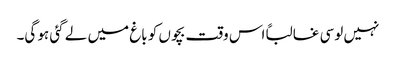
نہیں لوسی غالباًاس وقت بچوں کو باغ میں لے گئی ہو گی۔